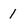
Character: 1